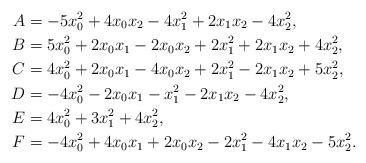
LaTeX: \begin{align*} A & = -5 x_0^2 + 4 x_0x_2 -4 x_1^2 + 2x_1x_2 -4 x_2^2,\\ B & = 5x_0^2 + 2x_0x_1 -2 x_0x_2 + 2x_1^2 + 2x_1x_2 + 4x_2^2,\\ C & = 4x_0^2 + 2x_0x_1 -4x_0x_2 +2x_1^2 -2x_1x_2 + 5x_2^2,\\ D & = -4x_0^2 -2x_0x_1 - x_1^2 -2x_1x_2 -4 x_2^2,\\ E & = 4x_0^2 +3 x_1^2 + 4x_2^2, \\ F & = -4x_0^2 + 4x_0x_1 +2x_0x_2 -2 x_1^2 -4x_1x_2 -5 x_2^2.\end{align*}